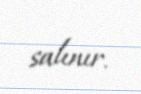
salınır.